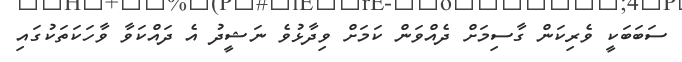
ސަބަބަކީ ވެރިކަން ގާސިމަށް ދެއްވަން ކަމަށް ވިދާޅުވެ ނަޝީދު އެ ދައްކަވާ ވާހަކަތަކުގައި